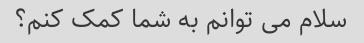
سلام می توانم به شما کمک کنم؟